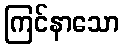
ကြင်နာသော